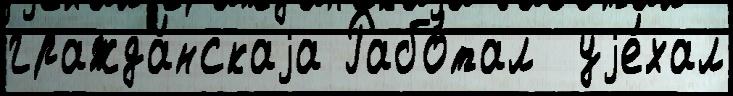
гражда́нскаjа Рабо́тал  уjе́хал